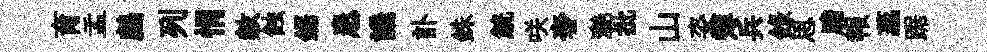
育盂鸕列悁赦蝕鋸患譏訃銖觥咲奢灔批山姿簿兵錄思膽報蕊踞